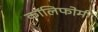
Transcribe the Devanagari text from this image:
कॉलिफोर्म